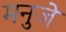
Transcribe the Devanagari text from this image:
मनुजे